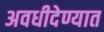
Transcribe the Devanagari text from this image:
अवधीदेण्यात